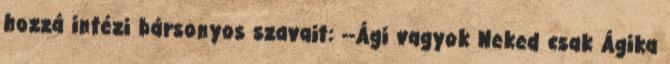
hozzá intézi bársonyos szavait: --Ági vagyok Neked csak Ágika